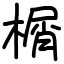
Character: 榍